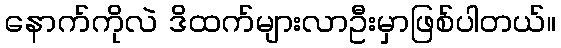
နောက်ကိုလဲ ဒိထက်များလာဦးမှာဖြစ်ပါတယ်။